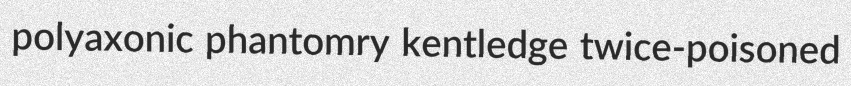
polyaxonic phantomry kentledge twice-poisoned